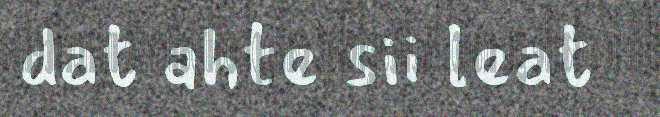
dat ahte sii leat